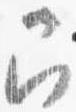
召